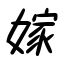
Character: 嫁